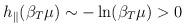
LaTeX: \begin{align*}h_{\parallel}(\beta_T\mu)\sim -\ln(\beta_T\mu)>0\end{align*}